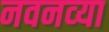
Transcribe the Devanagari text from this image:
नवनव्‍या